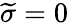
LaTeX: \widetilde{\sigma}=0